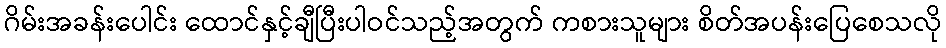
ဂိမ်းအခန်းပေါင်း ထောင်နှင့်ချီပြီးပါဝင်သည့်အတွက် ကစားသူများ စိတ်အပန်းပြေစေသလို